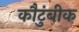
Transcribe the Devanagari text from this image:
कौटुंबीक